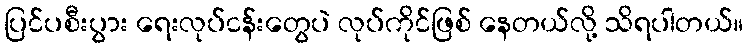
ပြင်ပစီးပွား ရေးလုပ်ငန်းတွေပဲ လုပ်ကိုင်ဖြစ် နေတယ်လို့ သိရပါတယ်။